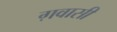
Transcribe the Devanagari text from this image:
ग़वासी